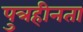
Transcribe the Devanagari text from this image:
पुत्रहीनता